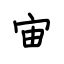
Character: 宙